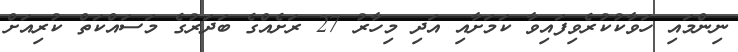
ނިންމައި ހަވާކުކުރެވިފައިވާ ކަމަށާއި އަދި މިހާރު 27 ރަށެއްގެ ބަދަރުގެ މަސައްކަތް ކުރިއަށް